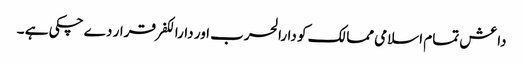
داعش تمام اسلامی ممالک کو دارالحرب اور دارالکفر قرار دے چکی ہے ۔